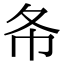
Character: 𢁙